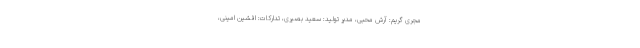
مجری گریم: آرش محبی، مدیر تولید: سعید بصیری، تدارکات: افشین امینی،